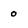
Character: 0